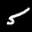
Label: 5